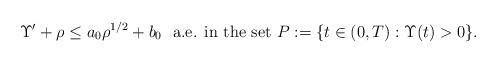
LaTeX: \begin{align*} \Upsilon' + \rho \leq a_0 \rho^{1/2} + b_0 \ \ \textrm{a.e. in the set $P:= \{ t\in (0,T): \Upsilon(t) > 0 \}$}.\end{align*}